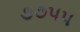
૭૭૫૫